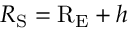
R _ { \mathrm { S } } = \mathrm { R _ { E } } + h